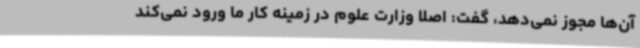
آن‌ها مجوز نمی‌دهد، گفت: اصلا وزارت علوم در زمینه کار ما ورود نمی‌کند